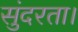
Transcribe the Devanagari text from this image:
सुंदरता।